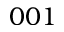
0 0 1